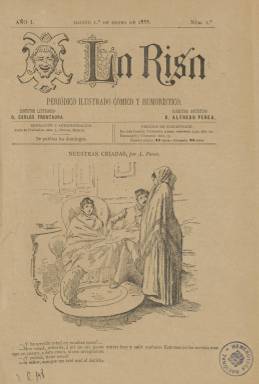
Título: La Risa (Madrid. 1888)
Colección: Revistas satíricas y humorísticas || Periódicos
Ámbito geográfico: Madrid
Lugar de publicación: Madrid
Fechas: 01/01/1888-30/12/1888

Con el subtítulo “periódico ilustrado, cómico y humorístico”, es fundado y dirigido en la parte literaria por el abogado, polifacético escritor y periodista de ideología monárquica Carlos Frontaura (1834-1910), que ya había dirigido con gran éxito el periódico festivo El Cascabel (1863-1877) y el infantil Los Niños (1870-1877 y 1883-1886). Su director artístico será el dibujante Alfredo Perea (1839-1895) y entre los autores de sus chistes, viñetas, tiras cómicas, caricaturas y dibujos de tipos populares y de escenas costumbristas, sociales y familiares aparecerán también el valenciano Cecilio Plá (1860-1934), Mariano Urrutia, J. Grós o L. Bori, así como las firmas de otros artistas del humor gráfico como Huertas, Araujo, Polanco, Pedrero, Souto, Herenchum, Diaque o Ignotus.

Por sus contenidos, Saiz (1990) señala que tendrá carácter festivo sin intención política (aunque hará alguna incursión en asuntos locales), y Seoane (1996) dirá que será, más que cómico, ameno. Tendrá pues una línea ligera sin ser satírico (Rubio Cremades: 1998 y 2001), en donde Frontaura publicará sus cuadros costumbristas de corte moderado y burgués. Gómez Aparicio (1971) ya lo había tildado de “periódico mesocrático”, del que dirá que su principal característica será su apoliticismo, por donde desfilará “todo el Madrid sencillo, ingenuo, despreocupado y sainetero de los finales del siglo XIX”, dirigido a un “público elemental reclutado entre las clases medias” a las que les gustaba también esa “elemental” literatura.

Señala también Gómez Aparicio que sus páginas son como un “cajón de sastre”, dada la multiplicidad de sus colaboradores literarios, que fueron en importante número los que congregó Frontaura. Entre estos se encuentran el valenciano Rafael María Liern, que también publica cuadros costumbristas, el gaditano José Jackson Veyán, Eduardo de Palacio, Manuel del Palacio, Mariano de Cavia, José Fernández Bremón, Manuel Ossorio y Bernard, Luis Royo Villanova, Salvador Rueda, Carlos Cano, Antonio Montalbán, Pedro J. Solas, Luis Coll, Carlos Miranda, Ventura Mallorga,  F. Moreno Godino, R. Gil Osorio Sánchez, J.F. Sanmartín Aguirre, Mariano del Todo y Herrero, Rafael García Santisteban, José Cánovas Vallejo, José del Castillo Soriano o José Gutiérrez Abascal (Kasabal).

Sus textos serán en prosa y en verso, comenzando cada entrega con la sección Crónica, de carácter social y literario, en donde no faltan los personajes propios, que suele estar firmada bajo el seudónimo Venturita. Otros de los seudónimos recurrentes en sus páginas será Vencejo. Sus novelas de cuadros costumbristas suelen ser publicadas por entregas. También tiene una sección de Pasatiempos inocentes y Liborio Porset publica epigramas. Enrique Sepúlveda, que fue otro sus más destacados colaboradores, dirá en 1889 que sus ilustraciones serán siempre fotograbados de “tipos elegantes” y “caprichosos dibujos”, de “firmas escogidas”, cuya intención fue “deleitar honesta y agradablemente”.

Estuvo apareciendo cada domingo y duró exactamente un año, publicando su primer número el uno de enero, y el 53 y último, el 30 de diciembre de 1888, en entregas de 16 páginas, compuestas a dos columnas y con algunas portadas ocupadas enteramente por una ilustración cómica o un chiste. El impresor y libero Miguel Guijarro fue su propietario, en cuyo establecimiento se estampó. Marie-Linda Ortega y Marta Palenque también han estudiado la obra periodística de Frontaura.